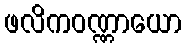
ဖလိကဝဏ္ဏာယော